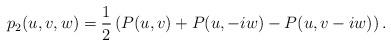
LaTeX: \begin{align*}p_2(u,v,w) = \frac12\left( P(u,v) + P(u, -iw) - P(u, v - iw) \right). \end{align*}